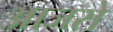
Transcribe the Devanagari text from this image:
आजसे